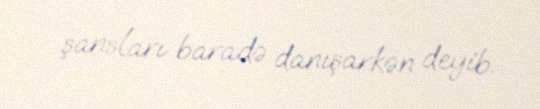
şansları baradə danışarkən deyib.